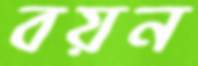
বয়ন